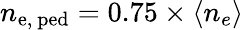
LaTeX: n_{\mathrm{e,~ped}}=0.75\times\left\langle n_{e}\right\rangle